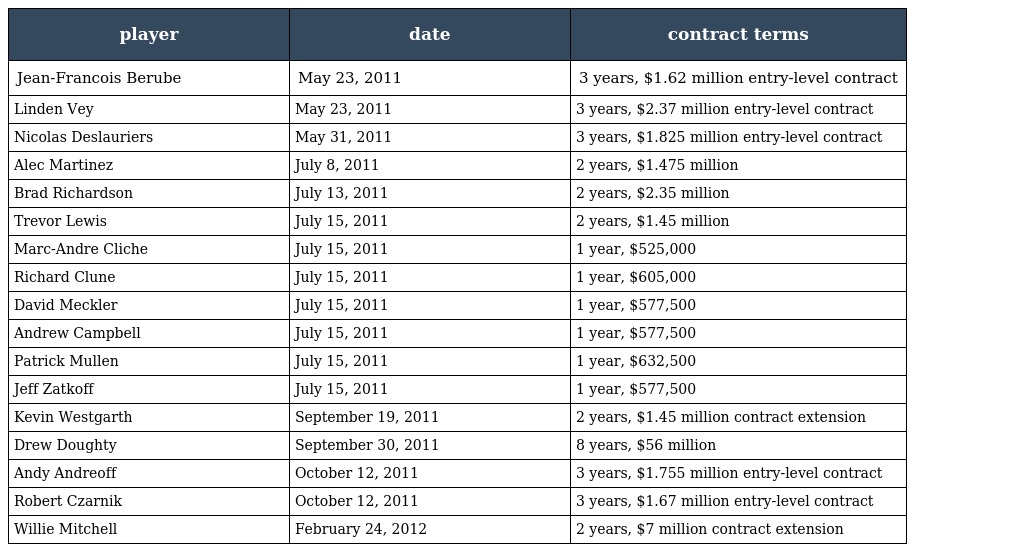
| player | date | contract terms |
 | --- | --- | --- |
 | Jean-Francois Berube | May 23, 2011 | 3 years, $1.62 million entry-level contract |
 | Linden Vey | May 23, 2011 | 3 years, $2.37 million entry-level contract |
 | Nicolas Deslauriers | May 31, 2011 | 3 years, $1.825 million entry-level contract |
 | Alec Martinez | July 8, 2011 | 2 years, $1.475 million |
 | Brad Richardson | July 13, 2011 | 2 years, $2.35 million |
 | Trevor Lewis | July 15, 2011 | 2 years, $1.45 million |
 | Marc-Andre Cliche | July 15, 2011 | 1 year, $525,000 |
 | Richard Clune | July 15, 2011 | 1 year, $605,000 |
 | David Meckler | July 15, 2011 | 1 year, $577,500 |
 | Andrew Campbell | July 15, 2011 | 1 year, $577,500 |
 | Patrick Mullen | July 15, 2011 | 1 year, $632,500 |
 | Jeff Zatkoff | July 15, 2011 | 1 year, $577,500 |
 | Kevin Westgarth | September 19, 2011 | 2 years, $1.45 million contract extension |
 | Drew Doughty | September 30, 2011 | 8 years, $56 million |
 | Andy Andreoff | October 12, 2011 | 3 years, $1.755 million entry-level contract |
 | Robert Czarnik | October 12, 2011 | 3 years, $1.67 million entry-level contract |
 | Willie Mitchell | February 24, 2012 | 2 years, $7 million contract extension |